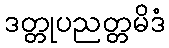
ဒတ္တုပညတ္တမိဒံ